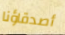
أصدقاؤنا